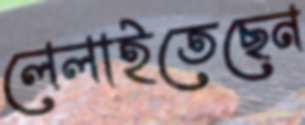
লেলাইতেছেন